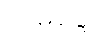
သမုဒ္ဒေါ